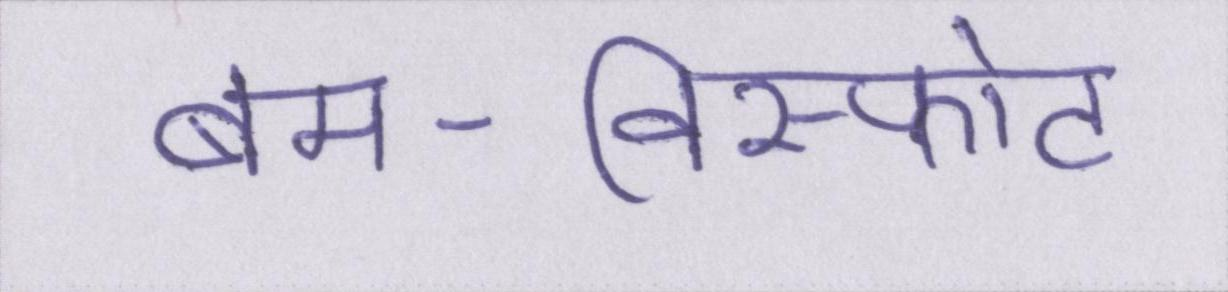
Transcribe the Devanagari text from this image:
बम-विस्फोट